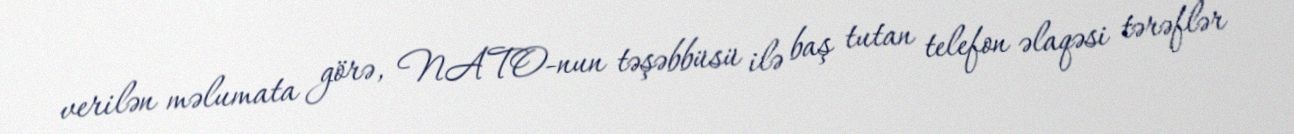
verilən məlumata görə, NATO-nun təşəbbüsü ilə baş tutan telefon əlaqəsi tərəflər